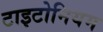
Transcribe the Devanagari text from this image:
टाइटोनियम